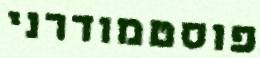
פוסטמודרני